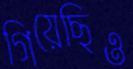
গিয়েছিও